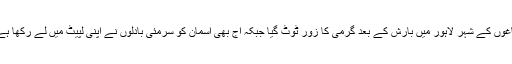
باغوں کے شہر لاہور میں بارش کے بعد گرمی کا زور ٹوٹ گیا جبکہ آج بھی آسمان کو سرمئی بادلوں نے اپنی لپیٹ میں لے رکھا ہے۔